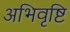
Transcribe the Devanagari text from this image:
अभिवृष्टि